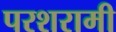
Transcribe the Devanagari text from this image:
परशरामी